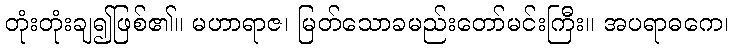
တုံးတုံးချ၍ဖြစ်၏။ မဟာရာဇ၊ မြတ်သောခမည်းတော်မင်းကြီး။ အပရာဓကေ၊